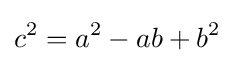
c^{2}=a^{2}-ab+b^{2}